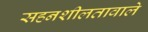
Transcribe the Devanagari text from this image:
सहनशीलतावाले